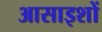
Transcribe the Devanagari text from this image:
आसाइशों